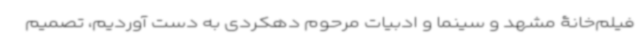
فیلم‌خانۀ مشهد و سینما و ادبیات مرحوم دهکردی به دست آوردیم، تصمیم